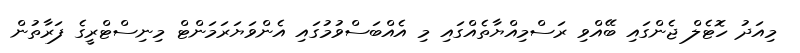
މިއަދު ހޮޓެލް ޖެންގައި ބޭއްވި ރަސްމިއްޔާތެއްގައި މި އެއްބަސްވުމުގައި އެންވަޔަރަމަންޓް މިނިސްޓްރީގެ ފަރާތުން